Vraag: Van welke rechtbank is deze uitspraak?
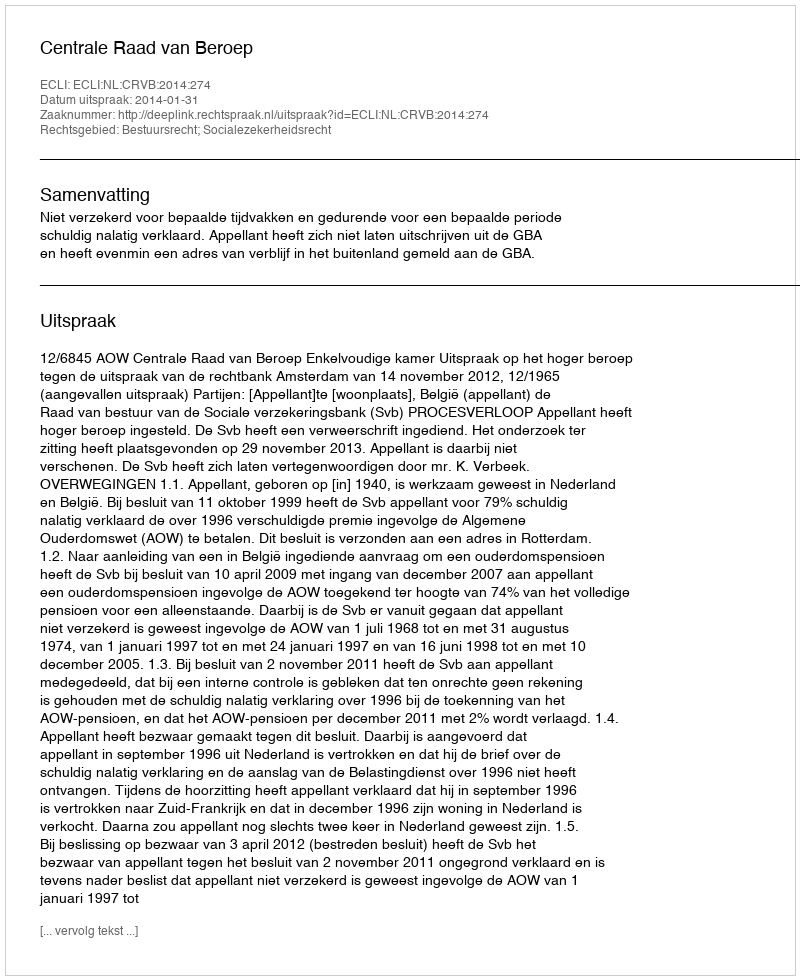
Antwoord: Centrale Raad van Beroep